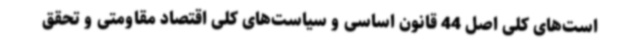
است‌های کلی اصل 44 قانون اساسی و سیاست‌های کلی اقتصاد مقاومتی و تحقق